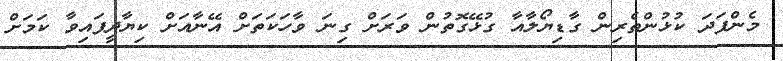
މެންފަދަ ކުޅުންތެރިން ގާޑިޔޯލާއާ ގުޅޭގޮތުން ވަރަށް ގިނަ ވާހަކަތަށް އޭނާއަށް ކިޔާދީފައިވާ ކަމަށް